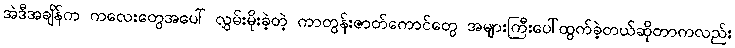
အဲဒီအချိန်က ကလေးတွေအပေါ် လွှမ်းမိုးခဲ့တဲ့ ကာတွန်းဇာတ်ကောင်တွေ အများကြီးပေါ်ထွက်ခဲ့တယ်ဆိုတာကလည်း